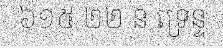
៦១៥ ២២ ន ទ្រេន្ទ